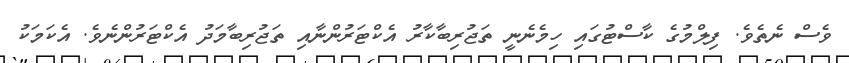
ވެސް ނެތެވެ. ފިލްމުގެ ކާސްޓުގައި ހިމެނެނީ ތަޖުރިބާކާރު އެކްޓަރުންނާއި ތަޖުރިބާމަދު އެކްޓަރުންނެވެ. އެކަމަކު